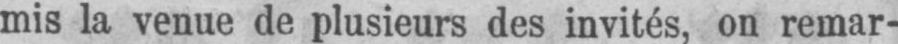
mis la venue de plusieurs des invités, on remar-